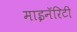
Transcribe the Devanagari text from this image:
माइनॅरिटी